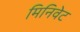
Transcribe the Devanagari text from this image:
मिनिवेट